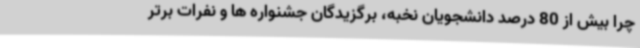
چرا بیش از 80 درصد دانشجویان نخبه، برگزیدگان جشنواره ها و نفرات برتر